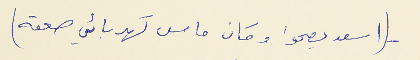
(اسعد يصحوا وكان ماس كهربائي صعقه)